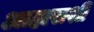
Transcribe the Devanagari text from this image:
आहाराशी